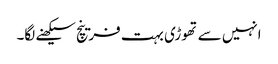
انہیں سے تھوڑی بہت فرینچ سیکھنے لگا۔